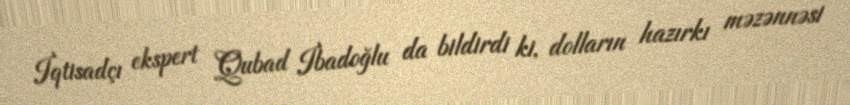
İqtisadçı ekspert Qubad İbadoğlu da bildirdi ki, dolların hazırkı məzənnəsi